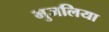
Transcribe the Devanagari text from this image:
भुजलिया